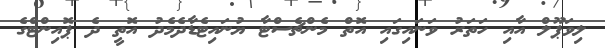
ލިވަޕޫލް އާއި ހަތަރު ވަނައިގައި އޮތް މެންޗެސްޓާ ޔުނައިޓެޑާދެމެދު އޮތީ ދެ ޕޮއިންޓްގެ